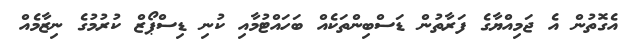
އެގޮތުން އެ ޖަމިއްޔާގެ ފަރާތުން ޑަސްބިންތަކެއް ބަހައްޓުމާއި ކުނި ޑިސްޕޯޒް ކުރުމުގެ ނިޒާމެއް